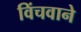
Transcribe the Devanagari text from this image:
विंचवाने